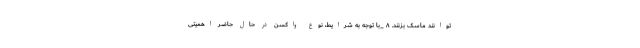
توانند ماسک بزنند. ۸ _با توجه به شرایط، نوع واکسن در حال حاضر اهمیتی